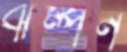
ঝম্পন